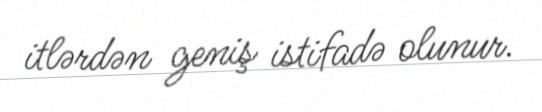
itlərdən geniş istifadə olunur.